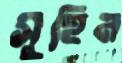
সুহিন